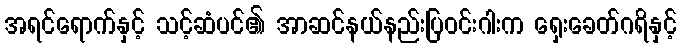
အရင်ရောက်နှင့် သင့်ဆံပင်၏ အာဆင်နယ်နည်းပြဝင်းဂါးက ရှေးခေတ်ဂရိနှင့်